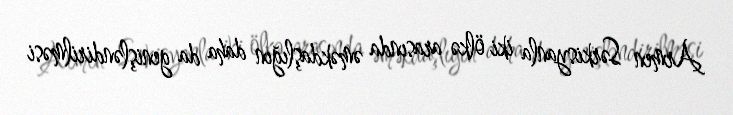
Armen Sərkisyanla iki ölkə arasında əməkdaşlığın daha da genişləndirilməsi